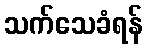
သက်သေခံရန်